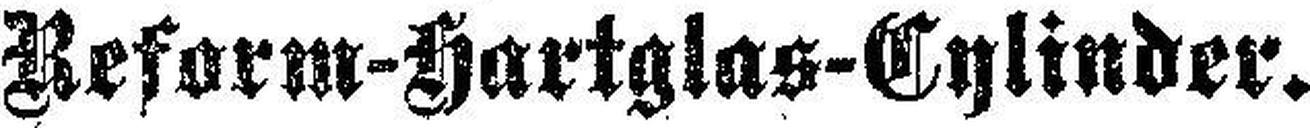
Reform-Hartglas-Cylinder.